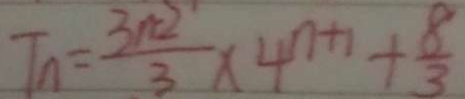
T _ { n } = \frac { 3 n - 2 } { 3 } \times 4 ^ { n + 1 } + \frac { 8 } { 3 }